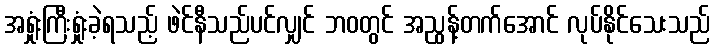
အရှုံးကြီးရှုံးခဲ့ရသည့် ဖဲင်နီသည်ပင်လျှင် ဘဝတွင် အညွန့်တက်အောင် လုပ်နိုင်သေးသည်